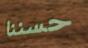
حسننا